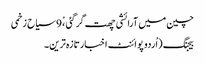
چین میں آرائشی چھت گرگئی ،ْ 9 سیاح زخمی
بیجنگ (اُردو پوائنٹ اخبارتازہ ترین۔